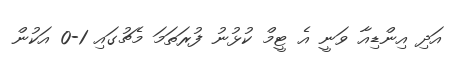
އަދި އިންޑިއާ ވަނީ އެ ޓީމް ކުޅުނު ފުރަތަމަ މެޗުގައި 1-0 އަކުން